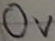
Text: OV